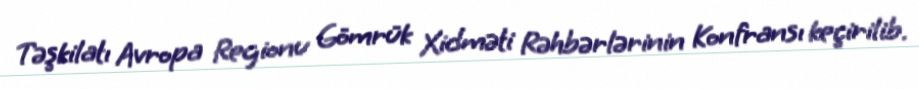
Təşkilatı Avropa Regionu Gömrük Xidməti Rəhbərlərinin Konfransı keçirilib.